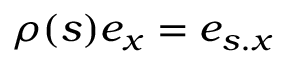
\rho ( s ) e _ { x } = e _ { s . x }